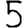
Digit: 5